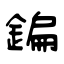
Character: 鍽